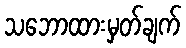
သဘောထားမှတ်ချက်